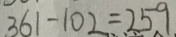
3 6 1 - 1 0 2 = 2 5 9